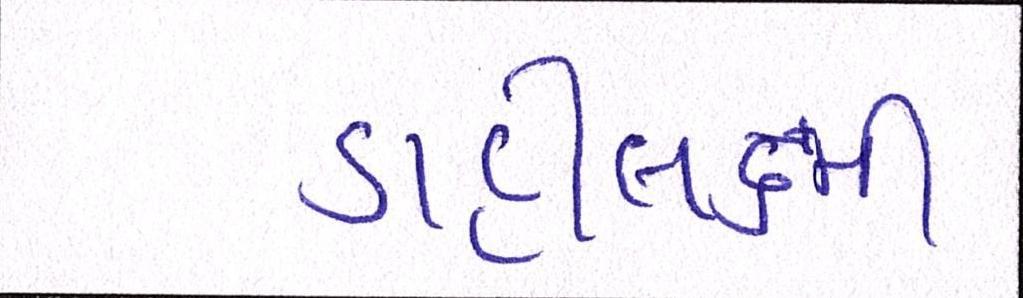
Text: ડાહીલક્ષ્મી